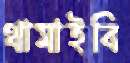
থামাইবি